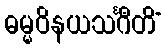
ဓမ္မဝိနယသင်္ဂီတိံ